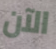
الآن